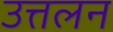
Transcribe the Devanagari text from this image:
उत्तलन